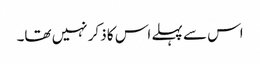
اس سے پہلے اس کا ذکر نہیں تھا۔